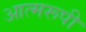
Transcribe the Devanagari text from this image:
आत्मरूपी